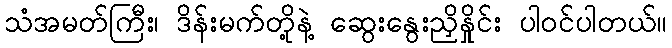
သံအမတ်ကြီး၊ ဒိန်းမက်တို့နဲ့ ဆွေးနွေးညှိနှိုင်း ပါဝင်ပါတယ်။